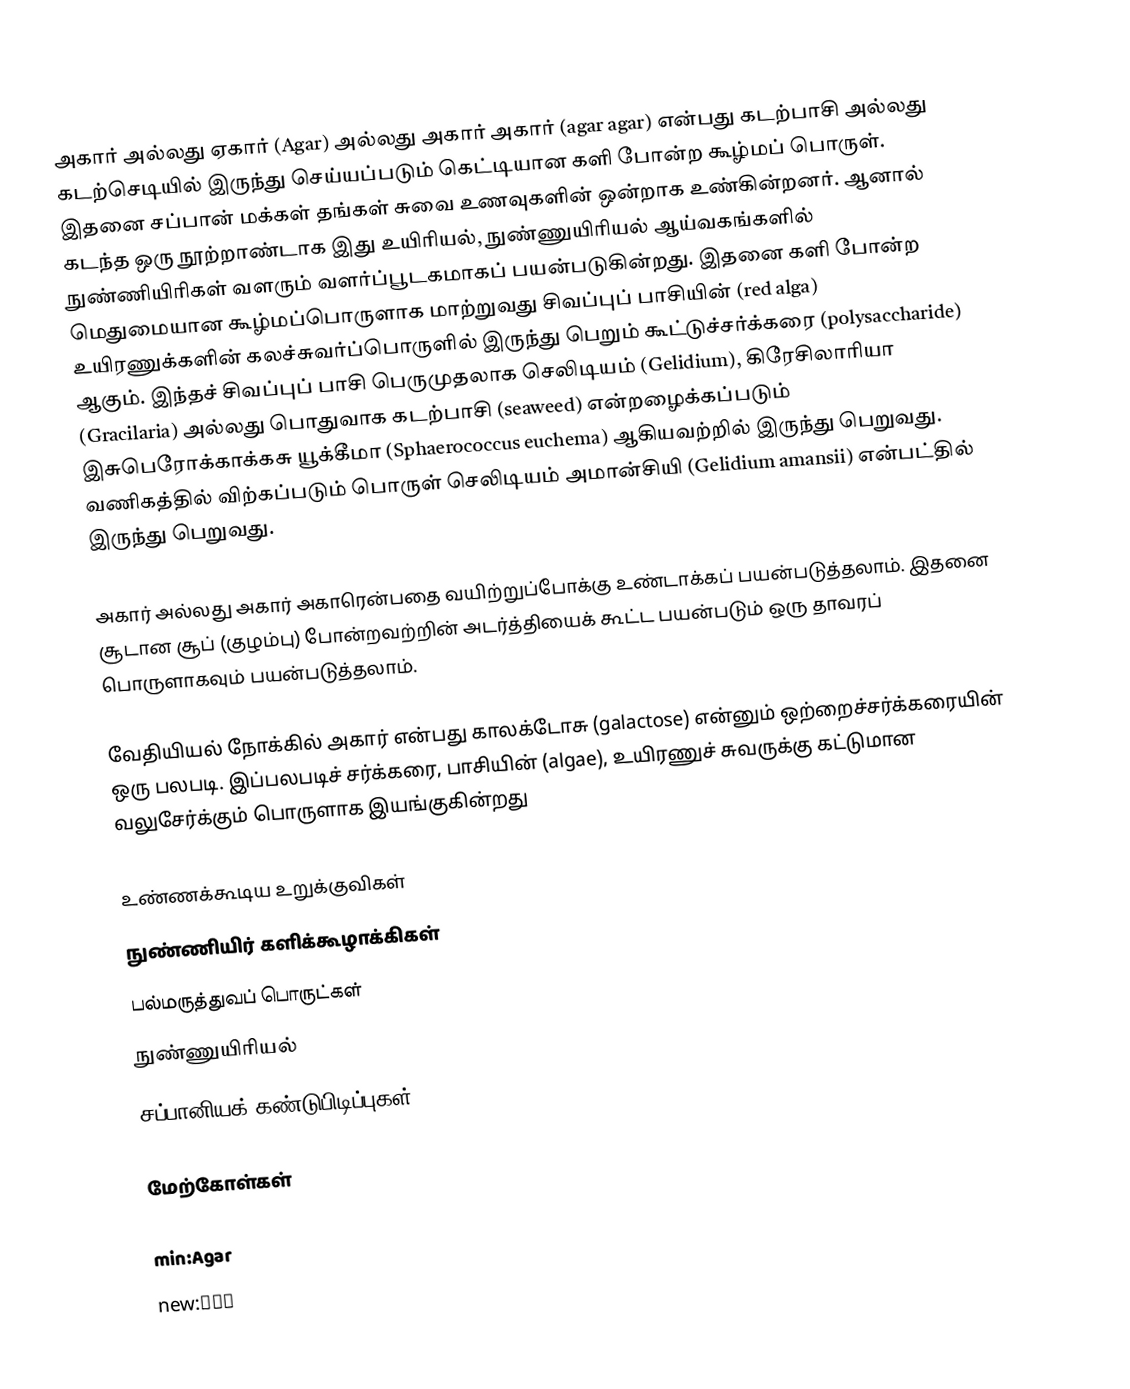
அகார் அல்லது ஏகார் (Agar) அல்லது அகார் அகார் (agar agar) என்பது கடற்பாசி அல்லது கடற்செடியில் இருந்து செய்யப்படும் கெட்டியான களி போன்ற கூழ்மப் பொருள். இதனை சப்பான் மக்கள் தங்கள் சுவை உணவுகளின் ஒன்றாக உண்கின்றனர். ஆனால் கடந்த ஒரு நூற்றாண்டாக இது உயிரியல், நுண்ணுயிரியல் ஆய்வகங்களில் நுண்ணியிரிகள் வளரும் வளர்ப்பூடகமாகப் பயன்படுகின்றது. இதனை களி போன்ற மெதுமையான கூழ்மப்பொருளாக மாற்றுவது சிவப்புப் பாசியின் (red alga) உயிரணுக்களின் கலச்சுவர்ப்பொருளில் இருந்து பெறும் கூட்டுச்சர்க்கரை (polysaccharide) ஆகும். இந்தச் சிவப்புப் பாசி பெருமுதலாக செலிடியம் (Gelidium), கிரேசிலாரியா (Gracilaria) அல்லது பொதுவாக கடற்பாசி (seaweed) என்றழைக்கப்படும் இசுபெரோக்காக்கசு யூக்கீமா (Sphaerococcus euchema) ஆகியவற்றில் இருந்து பெறுவது. வணிகத்தில் விற்கப்படும் பொருள் செலிடியம் அமான்சியி (Gelidium amansii) என்பட்தில் இருந்து பெறுவது.

அகார் அல்லது அகார் அகாரென்பதை வயிற்றுப்போக்கு உண்டாக்கப் பயன்படுத்தலாம். இதனை சூடான சூப் (குழம்பு) போன்றவற்றின் அடர்த்தியைக் கூட்ட பயன்படும் ஒரு தாவரப் பொருளாகவும் பயன்படுத்தலாம்.

வேதியியல் நோக்கில் அகார் என்பது காலக்டோசு (galactose) என்னும் ஒற்றைச்சர்க்கரையின் ஒரு பலபடி. இப்பலபடிச் சர்க்கரை, பாசியின் (algae), உயிரணுச் சுவருக்கு கட்டுமான வலுசேர்க்கும் பொருளாக இயங்குகின்றது

உண்ணக்கூடிய உறுக்குவிகள்
நுண்ணியிர் களிக்கூழாக்கிகள்
பல்மருத்துவப் பொருட்கள்
நுண்ணுயிரியல்
சப்பானியக் கண்டுபிடிப்புகள்

மேற்கோள்கள்

min:Agar
new:आगर